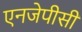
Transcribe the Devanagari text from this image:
एनजेपीसी